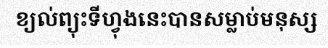
ខ្យល់ព្យុះទីហ្វុងនេះបានសម្លាប់មនុស្ស